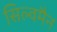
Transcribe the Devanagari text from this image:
सिल्वमैन